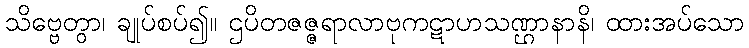
သိဗ္ဗေတွာ၊ ချုပ်စပ်၍။ ဌပိတဇဇ္ဇရာလာဗုကဋာဟသဏ္ဌာနာနိ၊ ထားအပ်သော